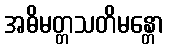
အဓိမတ္တသတိမန္တော